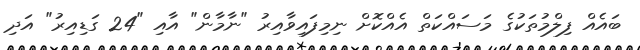
ބައެއް ފިލްމުތަކުގެ މަސައްކަތް އެއްކޮށް ނިމިފައިވާއިރު "ނާމާން" އާއި "24 ގަޑިއިރު" އަދި